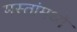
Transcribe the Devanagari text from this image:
मस्तांमध्ये